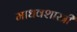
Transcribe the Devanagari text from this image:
माधवशास्त्री